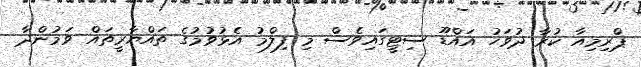
ޕްރިމިއާ ކުރާ ދުވަހު އައްޑޫ ސިޓީގައިވެސް މި ފިލްމު އެޅުވުމުގެ ތައްޔާރީތައް ވަމުންދާ